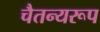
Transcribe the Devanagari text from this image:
चैतन्यरूप